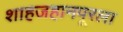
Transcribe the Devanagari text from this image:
शाहजहानपूरला